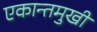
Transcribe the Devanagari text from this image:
एकान्तमुखी